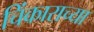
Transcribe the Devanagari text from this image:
चिंकाराच्या